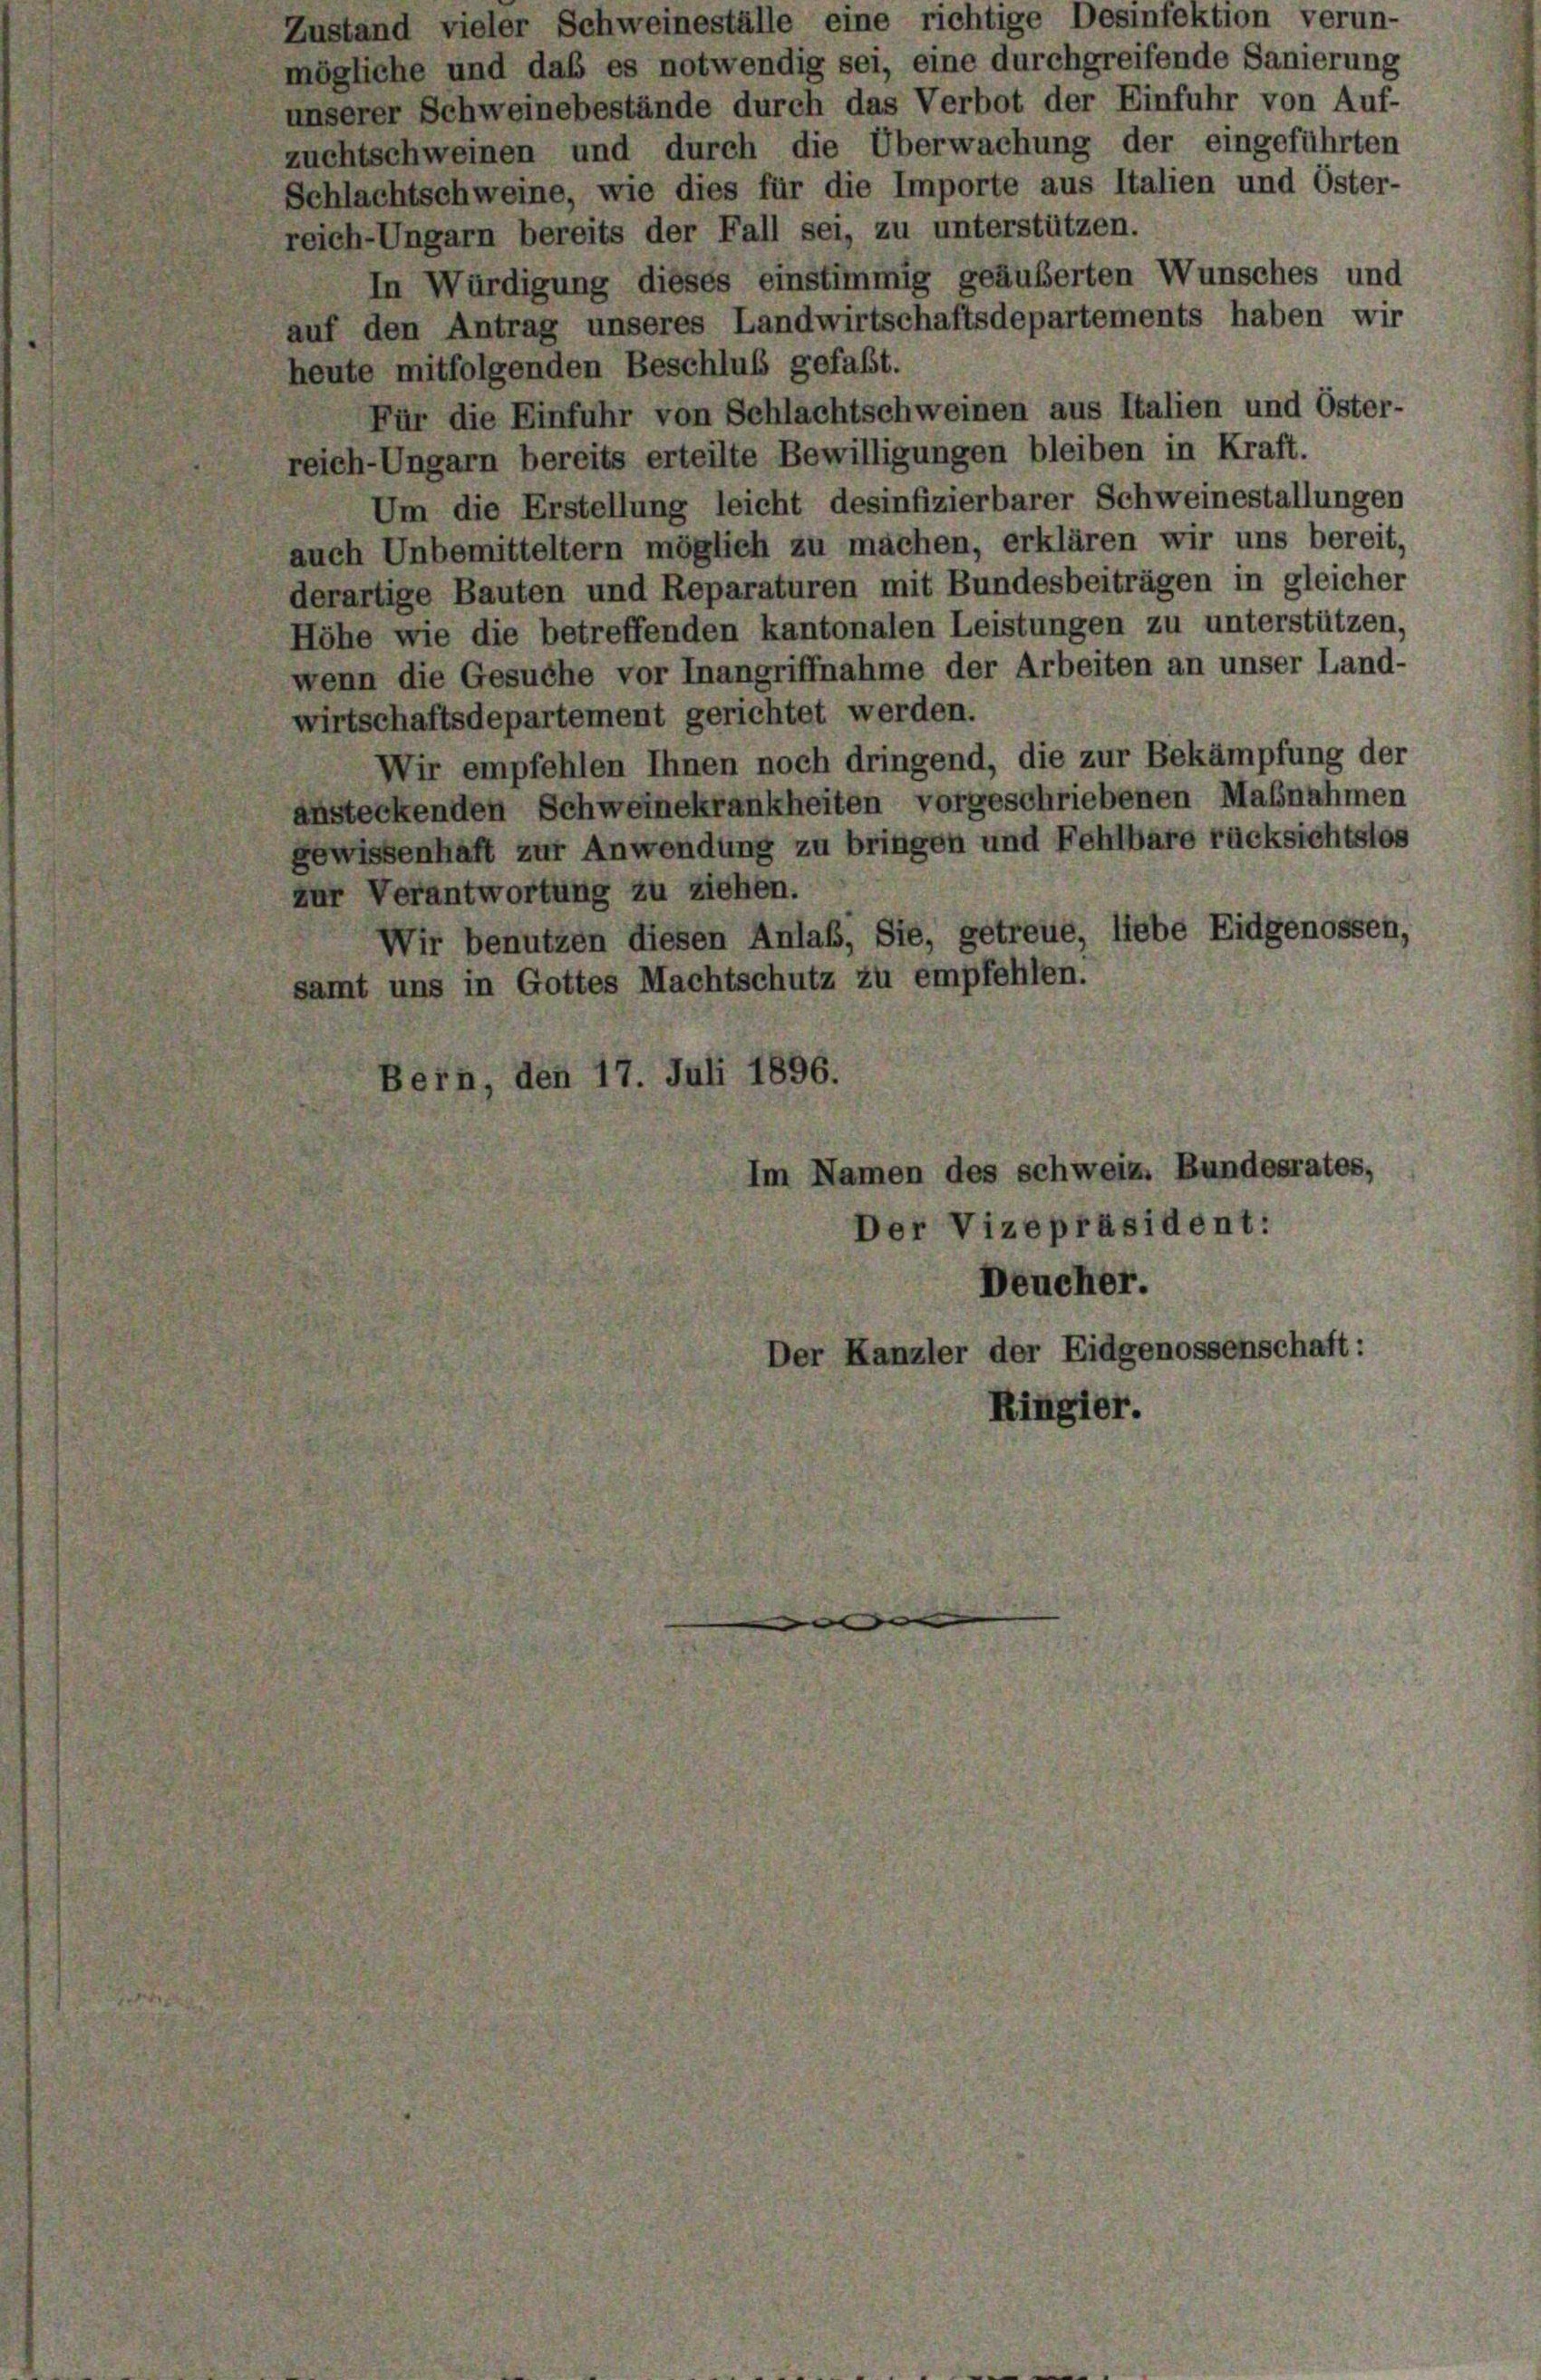
Zustand vieler Schweineställe eine richtige Desinfektion verun-
mögliche und daß es notwendig sei, eine durchgreifende Sanierung
unserer Schweinebestände durch das Verbot der Einfuhr von Auf-
zuchtschweinen und durch die Überwachung der eingeführten
Schlachtschweine, wie dies für die Importe aus Italien und Öster-
reich-Ungarn bereits der Fall sei, zu unterstützen.
In Würdigung dieses einstimmig geäußerten Wunsches und
auf den Antrag unseres Landwirtschaftsdepartements haben wir
heute mitfolgenden Beschluß gefaßt.
Für die Einfuhr von Schlachtschweinen aus Italien und Öster-
reich-Ungarn bereits erteilte Bewilligungen bleiben in Kraft.
Um die Erstellung leicht desinfizierbarer Schweinestallungen
auch Unbemitteltern möglich zu machen, erklären wir uns bereit,
derartige Bauten und Reparaturen mit Bundesbeiträgen in gleicher
Höhe wie die betreffenden kantonalen Leistungen zu unterstützen,
wenn die Gesuche vor Inangriffnahme der Arbeiten an unser Land-
wirtschaftsdepartement gerichtet werden.
Wir empfehlen Ihnen noch dringend, die zur Bekämpfung der
ansteckenden Schweinekrankheiten vorgeschriebenen Maßnahmen
gewissenhaft zur Anwendung zu bringen und Fehlbare rücksichtslos
zur Verantwortung zu ziehen.
Wir benutzen diesen Anlaß, Sie, getreue, liebe Eidgenossen,
samt uns in Gottes Machtschutz zu empfehlen.
ern, den 17. Juli 1896.
Im Namen des schweiz. Bundesrates,
Der Vizepräsident:
Deucher.
Der Kanzler der Eidgenossenschaft:
Ringier.